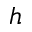
h